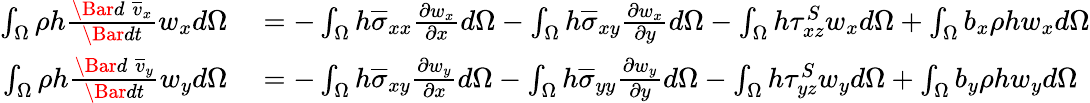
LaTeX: \begin{array}{rl}{\int_{\Omega}\rho h\frac{\Bar{d}\; \overline{{v}}_{x}}{\Bar{dt}}w_{x}d\Omega}&{{}=-\int_{\Omega}h\overline{{\sigma}}_{xx}\frac{\partial w_{x}}{\partial x}d\Omega-\int_{\Omega}h\overline{{\sigma}}_{xy}\frac{\partial w_{x}}{\partial y}d\Omega-\int_{\Omega}h\tau_{xz}^{S}w_{x}d\Omega+\int_{\Omega}b_{x}\rho hw_{x}d\Omega}\\ {\int_{\Omega}\rho h\frac{\Bar{d}\; \overline{{v}}_{y}}{\Bar{dt}}w_{y}d\Omega}&{{}=-\int_{\Omega}h\overline{{\sigma}}_{xy}\frac{\partial w_{y}}{\partial x}d\Omega-\int_{\Omega}h\overline{{\sigma}}_{yy}\frac{\partial w_{y}}{\partial y}d\Omega-\int_{\Omega}h\tau_{yz}^{S}w_{y}d\Omega+\int_{\Omega}b_{y}\rho hw_{y}d\Omega}\end{array}